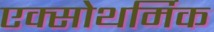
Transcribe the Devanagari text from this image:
एक्सोथर्मिक